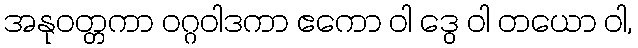
အနုဝတ္တကာ ဝဂ္ဂဝါဒကာ ဧကော ဝါ ဒွေ ဝါ တယော ဝါ,